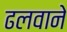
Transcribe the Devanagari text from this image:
ढलवाने